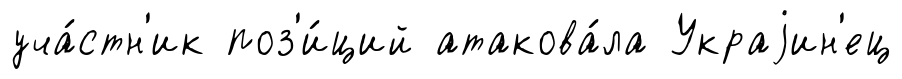
уча́стн'ик поз'и́ций атакова́ла Украjин'ец